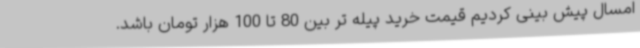
امسال پیش بینی کردیم قیمت خرید پیله تر بین 80 تا 100 هزار تومان باشد.